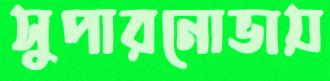
সুপারনোভায়